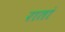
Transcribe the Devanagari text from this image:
रातां